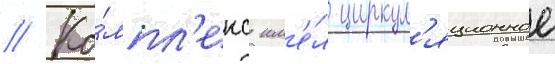
// Ко́мпл'екс им'е́л циркул'яционное